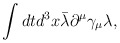
\begin{align*}\int dt d^3x \bar{\lambda} \partial^\mu \gamma_\mu \lambda,\end{align*}